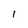
Character: 1